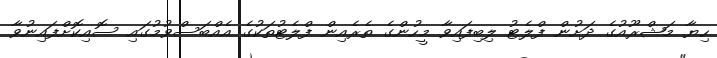
ހިޔާ މަޝްރޫއުގެ ދަށުން ފްލެޓު ލިބިފައިވާ މީހުންގެ ތެރެއިން ފްލެޓުތަކުގެ އެއްބަސްވުމުގައި ސޮއިކޮށްފައިނުވާ